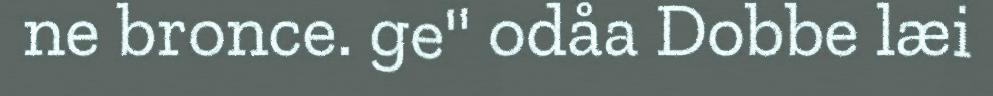
ne bronce. ge" odåa Dobbe læi